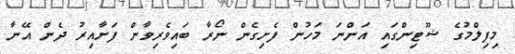
މިފިލްމުގެ ޝޫޓިންގައި އަންނަ މަހުން ފެށިގެން ނޯރާ ބައިވެރިވާން ފަށާއިރު ދެން އޭނާ